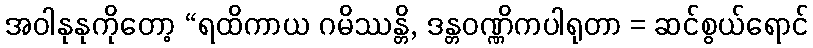
အဝါနုနုကိုတော့ “ရထိကာယ ဂမိဿန္တိ, ဒန္တဝဏ္ဏိကပါရုတာ = ဆင်စွယ်ရောင်